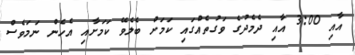
އާއި 3:00 އާއި ދެމެދުގެ ވަގުތެއްގައި ކަމަށް ބެލެވޭ ކަމަށާއި އެހެން ނަމަވެސް